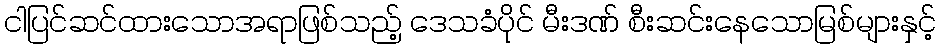
ငါပြင်ဆင်ထားသောအရာဖြစ်သည့် ဒေသခံပိုင် မီးဒဏ် စီးဆင်းနေသောမြစ်များနှင့်